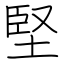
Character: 堅